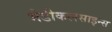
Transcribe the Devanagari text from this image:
मेडीकलसाइन्स